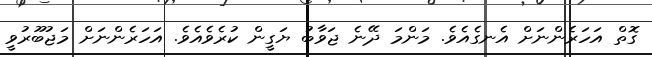
ގޮތް އަހަރެންނަށް އެނގެއެވެ. މަންމަ ދޭނެ ޖަވާބު ޔަގީން ކުރެވެއެވެ. އަހަރެންނަށް މަޖުބޫރުވީ